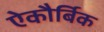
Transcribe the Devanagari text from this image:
ऐकौर्बिक